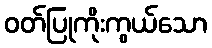
ဝတ်ပြုကိုးကွယ်သော